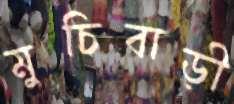
মুচিবাড়ী